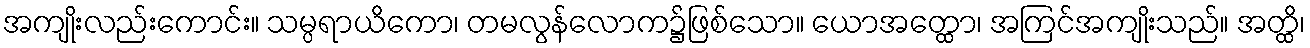
အကျိုးလည်းကောင်း။ သမ္ပရာယိကော၊ တမလွန်လောက၌ဖြစ်သော။ ယောအတ္ထော၊ အကြင်အကျိုးသည်။ အတ္ထိ၊